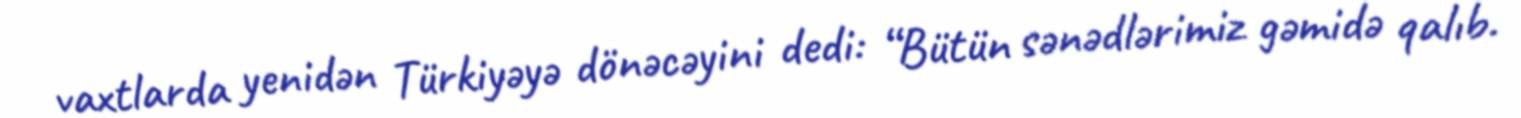
vaxtlarda yenidən Türkiyəyə dönəcəyini dedi: “Bütün sənədlərimiz gəmidə qalıb.